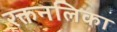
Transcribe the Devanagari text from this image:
रक्तनलिका